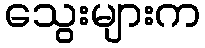
သွေးများက